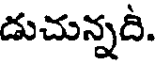
డుచున్నది.